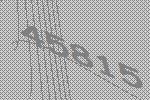
45815